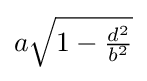
{\textstyle a{\sqrt {1-{\frac {d^{2}}{b^{2}}}}}}